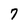
Character: 7